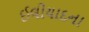
ઈલીયાદના